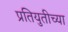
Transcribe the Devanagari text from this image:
प्रतियुतीच्या